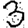
Digit: 3